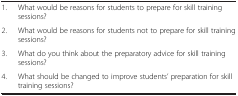
<table><thead><tr><td><b> </b></td><td><b> </b></td></tr></thead><tbody><tr><td>1.</td><td>What would be reasons for students to prepare for skill training sessions?</td></tr><tr><td>2.</td><td>What would be reasons for students not to prepare for skill training sessions?</td></tr><tr><td>3.</td><td>What do you think about the preparatory advice for skill training sessions?</td></tr><tr><td>4.</td><td>What should be changed to improve students’ preparation for skill training sessions?</td></tr></tbody></table>